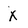
Character: x